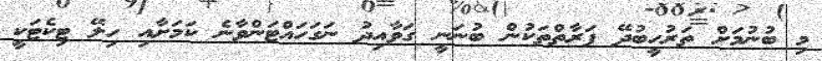
މި ބުނުމަށް ތަރުހީބުދޭ ފަރާތްތަކުން ބުނަނީ ގަވާއިދު ނަގަހައްޓަންވާނެ ކަމަށާއި ހިލޭ ޓިކެޓަކީ